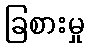
ခြစားမှု